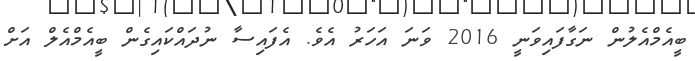
ބީއެމްއެލުން ނަގާފައިވަނީ 2016 ވަނަ އަހަރު އެވެ. އެފައިސާ ނުދައްކައިގެން ބީއެމްއެލް އަށް